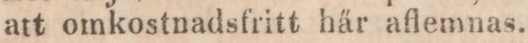
att omkostnadsfritt här aflemnas.